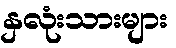
နှလုံးသားများ